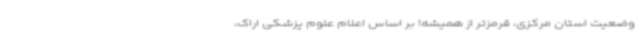
وضعیت استان مرکزی، قرمزتر از همیشه! بر اساس اعلام علوم پزشکی اراک،